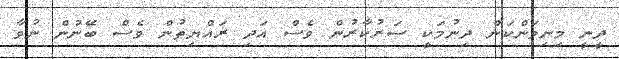
ދީނީ މިނިވަންކަން ދިނުމަކީ ސަރުކާރުން ވެސް އަދި ރައްޔިތުން ވެސް ބޭނުން ނުވާ